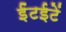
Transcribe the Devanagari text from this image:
ईंटईटें